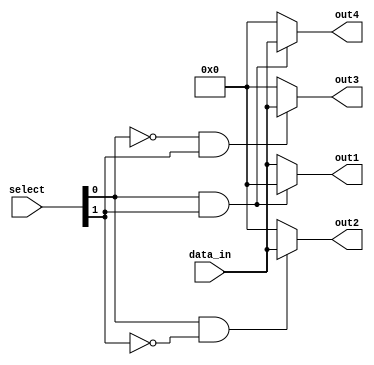
module demux_2to4 (
    input [1:0] select,    // 2-bit input for selecting output
    input [3:0] data_in,   // 4-bit input data to be demultiplexed
    output reg [3:0] out1, // Output 1
    output reg [3:0] out2, // Output 2
    output reg [3:0] out3, // Output 3
    output reg [3:0] out4  // Output 4
);

// Decoder logic
wire [3:0] decode_out;
assign decode_out[0] = ~(select[0] & select[1]);
assign decode_out[1] = select[0] & ~select[1];
assign decode_out[2] = ~select[0] & select[1];
assign decode_out[3] = select[0] & select[1];

// Multiplexer logic
always @*
begin
    out1 = (decode_out[0]) ? data_in : 4'b0000;
    out2 = (decode_out[1]) ? data_in : 4'b0000;
    out3 = (decode_out[2]) ? data_in : 4'b0000;
    out4 = (decode_out[3]) ? data_in : 4'b0000;
end

endmodule